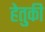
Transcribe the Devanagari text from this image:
हेतुकी